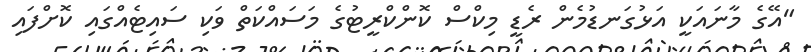
"އޭގެ މާނައަކީ އަޅުގަނޑުމެން ރެޑީ މިކްސް ކޮންކްރީޓުގެ މަސައްކަތް ވަކި ސައިޓެއްގައި ކޮށްފައި